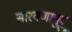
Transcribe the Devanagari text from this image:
सारवणामुट्टू